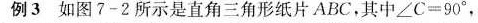
例3 如图7-2所示是直角三角形纸片ABC，其中$$∠ C = 9 0 °$$，